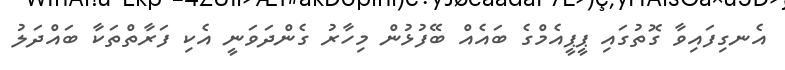
އެނގިފައިވާ ގޮތުގައި ޕީޕީއެމްްގެ ބައެއް ބޭފުޅުން މިހާރު ގެންދަވަނީ އެކި ފަރާތްތަކާ ބައްދަލު